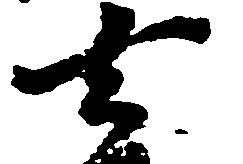
去